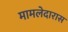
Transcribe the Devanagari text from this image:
मामलेदारास